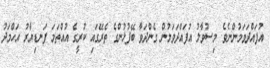
އުފައްދަވަމުންނެވެ. މިސުވާލު އުފައްދަވަމުން ގެންދަވާ ބޭފުޅުންގެ ތެރޭގައި ކުރީގެ އުއްތަމަ ފަނޑިޔާރު އަހްމަދު